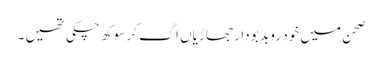
صحن میں خود رو بد بو دار جھاڑیاں اگ کر سوکھ چکی تھیں ۔